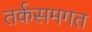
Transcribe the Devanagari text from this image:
तर्कसमगत